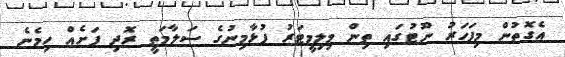
އެގޮތުން މިފަހަރު ނޫޓުގައި ތިން މިލިމީޓަރު ފުޅާމިނުގެ ސަލާމަތީ ރޮދި ފަށެއް ހިމެނެ